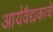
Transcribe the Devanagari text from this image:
आर्यवैद्यकाचे